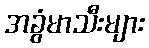
အခွံမာသီးများ